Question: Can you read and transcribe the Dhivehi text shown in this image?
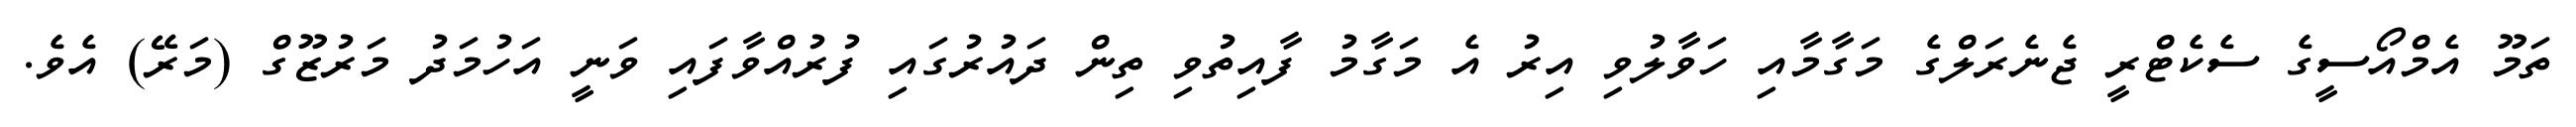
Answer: ތަމޫ އެމްއޯސީގެ ސެކެޓްރީ ޖެނެރަލްގެ މަގާމާއި ހަވާލުވި އިރު އެ މަގާމު ފާއިތުވި ތިން ދައުރުގައި ފުރުއްވާފައި ވަނީ އަހުމަދު މަރުޒޫގް (މަރޭ) އެވެ.